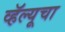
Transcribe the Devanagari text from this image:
व्हॅल्यूचा